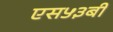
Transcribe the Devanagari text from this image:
एस५३बी